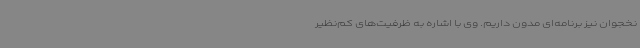
نخجوان نیز برنامه‌ای مدون داریم. وی با اشاره به ظرفیت‌های کم‌نظیر